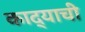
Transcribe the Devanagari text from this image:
काद्याची